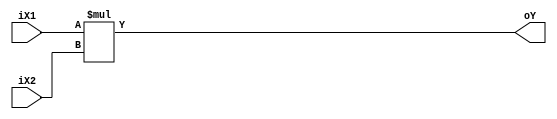
module SIGNED(
	iX1,
	iX2,
	oY
);

input signed [3:0] iX1;
input signed [3:0] iX2;
output signed [7:0] oY;

assign oY = iX1*iX2;

endmodule